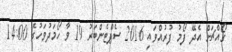
ގޯއްޗަށް އެދޭ ފޯމު ފުރުއްވައި 2016 ސެޕްޓެންބަރު 19 ވާ ހޯމަދުވަހުގެ 14:00